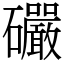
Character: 礹